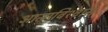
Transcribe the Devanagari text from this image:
आत्‍मविश्‍वास